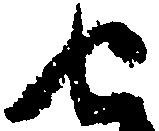
せ